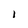
Character: l